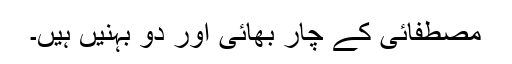
مصطفائی کے چار بھائی اور دو بہنیں ہیں۔